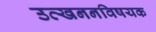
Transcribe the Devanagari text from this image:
उत्खननविषयक